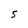
Character: S